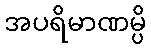
အပရိမာဏမ္ပိ